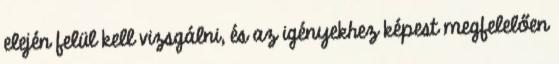
elején felül kell vizsgálni, és az igényekhez képest megfelelően